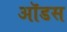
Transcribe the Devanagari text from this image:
ऑडस